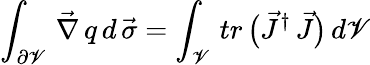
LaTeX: \int_{\partial\mathscr{V}}\, \vec{{\nabla}}\, q\, d\, \vec{{\sigma}}=\int_{\mathscr{V}}\, tr\, \bigl(\vec{{J}}^{\dagger}\, \vec{{J}}\bigr)\, d\mathscr{V}